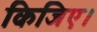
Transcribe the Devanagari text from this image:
किजिए।